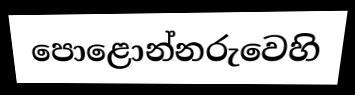
පොළොන්නරුවෙහි